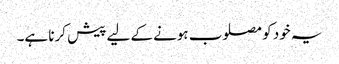
یہ خود کو مصلوب ہونے کے لیے پیش کرنا ہے۔